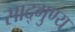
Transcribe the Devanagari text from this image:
साद्गुण्य